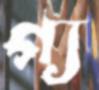
গ্য